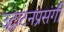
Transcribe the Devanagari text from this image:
उद्घाटनप्रसंगी